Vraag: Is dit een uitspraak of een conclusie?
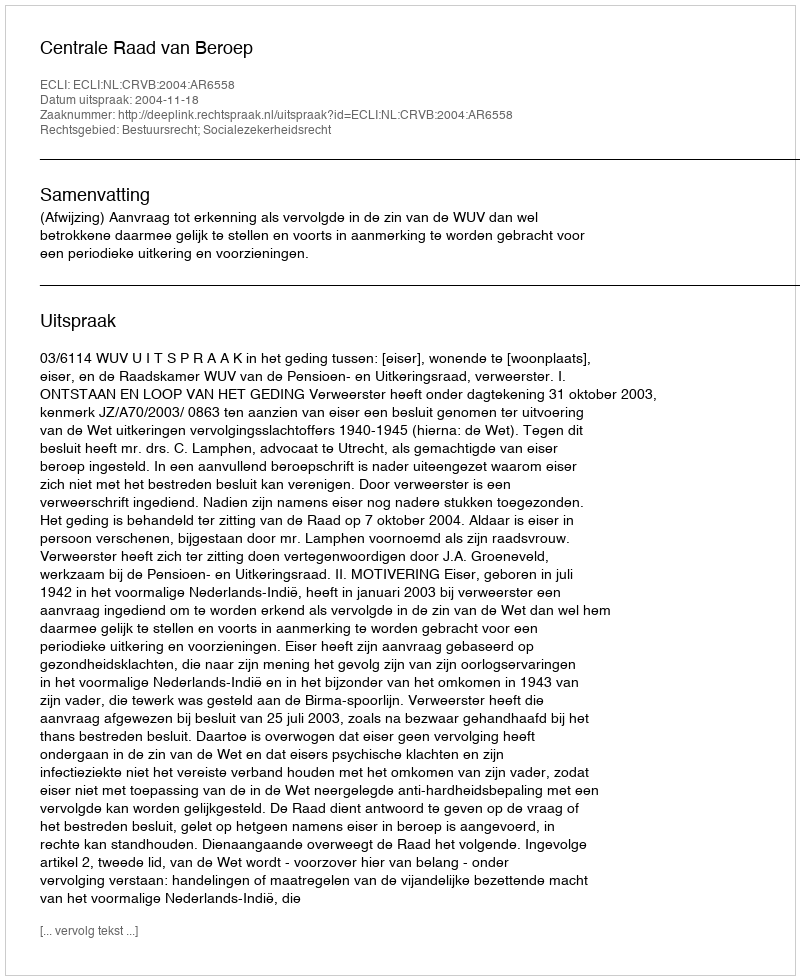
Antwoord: Uitspraak